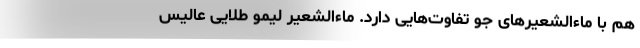
هم با ماءالشعیرهای جو تفاوت‌هایی دارد. ماءالشعیر لیمو طلایی عالیس